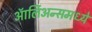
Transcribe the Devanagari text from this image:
ऑर्लिअन्समध्ये